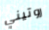
روتيني